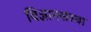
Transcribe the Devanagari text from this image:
विज्ञानसंस्था